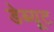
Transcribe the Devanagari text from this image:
डेब्यूट